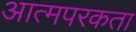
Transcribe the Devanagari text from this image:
आत्मपरकता